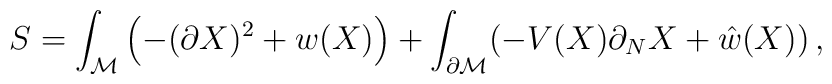
S=\int_{\cal M} \left( -(\partial X)^2 +w(X)\right) +\int_{\partial {\cal M}}( - V(X)\partial_N X +\hat w(X) ) \,,